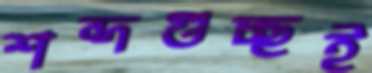
শব্দগুচ্ছই